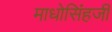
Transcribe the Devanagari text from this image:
माधोसिंहजी